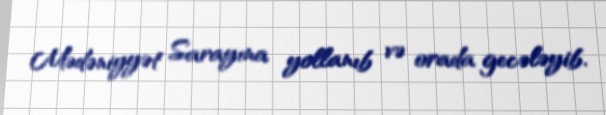
Mədəniyyət Sarayına yollanıb və orada gecələyib.